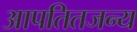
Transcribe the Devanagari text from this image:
आपतितजन्य